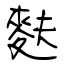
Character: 麩